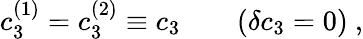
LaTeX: c_{3}^{(1)}=c_{3}^{(2)}\equiv c_{3}\qquad(\delta c_{3}=0)\ ,